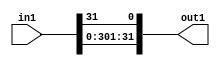
`timescale 1ps / 1ps

// Generated by Cadence Genus(TM) Synthesis Solution 17.11-s014_1
// Generated on: Apr 24 2022 15:08:15 CST (Apr 24 2022 07:08:15 UTC)

module DFT_compute_entirecomputation_alt4_4(in1, out1);
  input [31:0] in1;
  output [31:0] out1;
  wire [31:0] in1;
  wire [31:0] out1;
  assign out1[0] = in1[31];
  assign out1[1] = in1[0];
  assign out1[2] = in1[1];
  assign out1[3] = in1[2];
  assign out1[4] = in1[3];
  assign out1[5] = in1[4];
  assign out1[6] = in1[5];
  assign out1[7] = in1[6];
  assign out1[8] = in1[7];
  assign out1[9] = in1[8];
  assign out1[10] = in1[9];
  assign out1[11] = in1[10];
  assign out1[12] = in1[11];
  assign out1[13] = in1[12];
  assign out1[14] = in1[13];
  assign out1[15] = in1[14];
  assign out1[16] = in1[15];
  assign out1[17] = in1[16];
  assign out1[18] = in1[17];
  assign out1[19] = in1[18];
  assign out1[20] = in1[19];
  assign out1[21] = in1[20];
  assign out1[22] = in1[21];
  assign out1[23] = in1[22];
  assign out1[24] = in1[23];
  assign out1[25] = in1[24];
  assign out1[26] = in1[25];
  assign out1[27] = in1[26];
  assign out1[28] = in1[27];
  assign out1[29] = in1[28];
  assign out1[30] = in1[29];
  assign out1[31] = in1[30];
endmodule